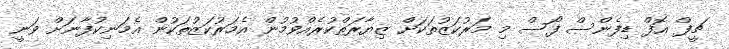
ޗީފް އޮފް ޑިފެންސް ފޯސް މި މަރުކަޒުތަކަށް ޒިޔާރަތްކުރެއްވުމުން އެމަރުކަޒުތަކުން އެމަނިކުފާނަށް ވަނީ